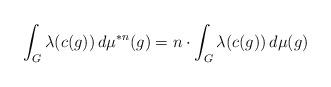
LaTeX: \begin{align*}\int_G \lambda(c(g)) \, d\mu^{*n}(g) = n \cdot \int_G \lambda(c(g)) \, d\mu(g)\end{align*}